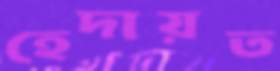
হেদায়ত